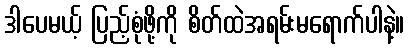
ဒါပေမယ့် ပြည့်စုံဖို့ကို စိတ်ထဲအရမ်းမရောက်ပါနဲ့။